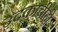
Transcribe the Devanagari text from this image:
उदकाचीही